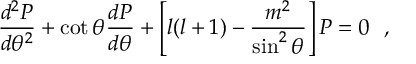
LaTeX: \frac { d ^ { 2 } P } { d \theta ^ { 2 } } + \cot \theta \frac { d P } { d \theta } + \left[ l ( l + 1 ) - \frac { m ^ { 2 } } { \sin ^ { 2 } \theta } \right] P = 0 ~ ~ ,